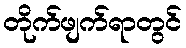
တိုက်ဖျက်ရာတွင်